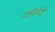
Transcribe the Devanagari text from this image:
टेलीऑस्टेई